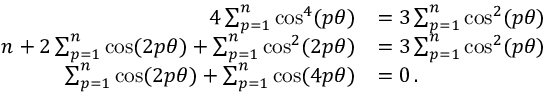
\begin{array} { r l } { 4 \sum _ { p = 1 } ^ { n } \cos ^ { 4 } ( p \theta ) } & { = 3 \sum _ { p = 1 } ^ { n } \cos ^ { 2 } ( p \theta ) } \\ { n + 2 \sum _ { p = 1 } ^ { n } \cos ( 2 p \theta ) + \sum _ { p = 1 } ^ { n } \cos ^ { 2 } ( 2 p \theta ) } & { = 3 \sum _ { p = 1 } ^ { n } \cos ^ { 2 } ( p \theta ) \, } \\ { \sum _ { p = 1 } ^ { n } \cos ( 2 p \theta ) + \sum _ { p = 1 } ^ { n } \cos ( 4 p \theta ) } & { = 0 \, . } \end{array}